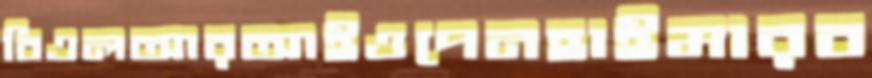
বিএলআরআইওপেনহাইমারব